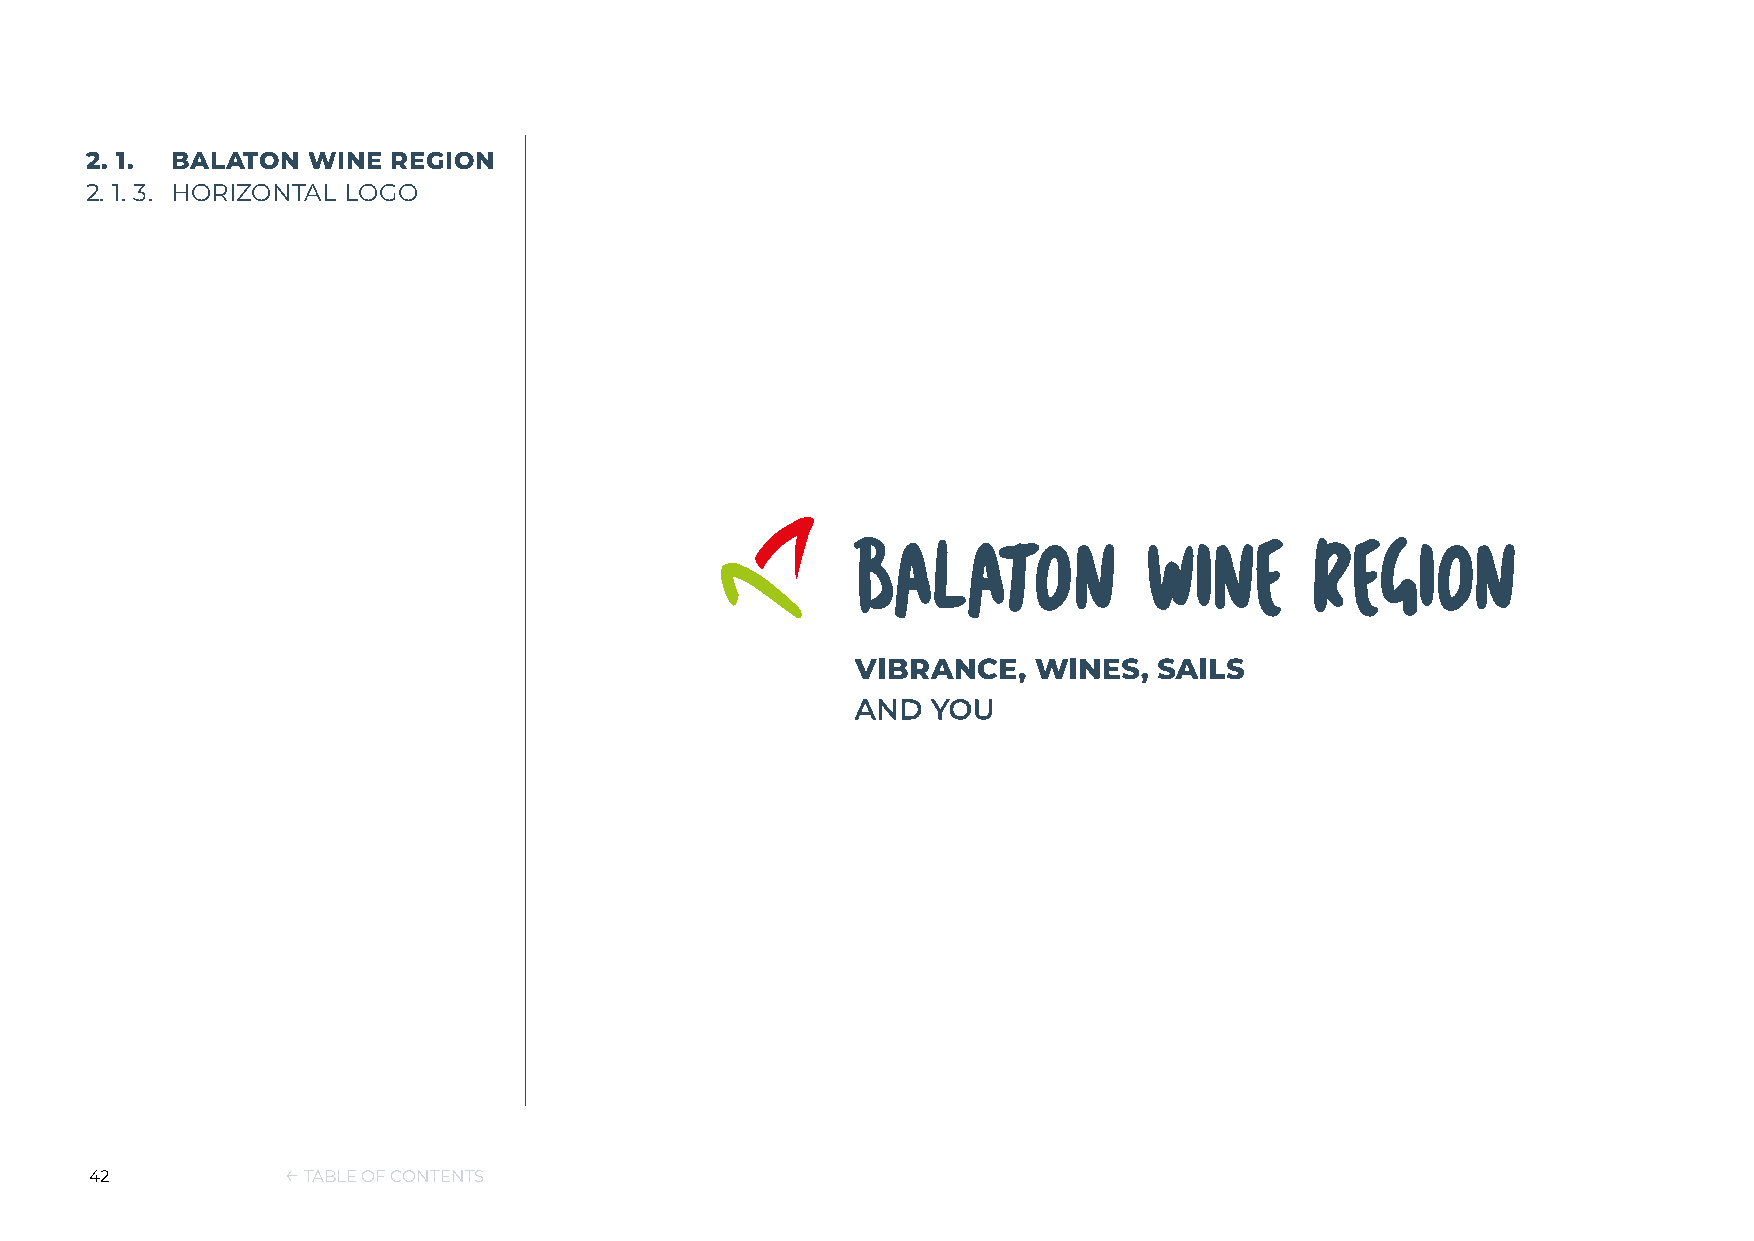
2. 1. BALATON WINE  REGION
 2. 1. 3. HORIZONTAL LOGO
 42           ← TABLE OF CONTENTS